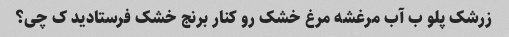
زرشک پلو ب آب مرغشه مرغ خشک رو کنار برنج خشک فرستادید ک چی؟